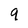
Character: q